Problem: 6 + 1 = ?
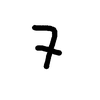
Handwritten answer: 7